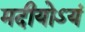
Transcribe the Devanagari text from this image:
मदीयोऽयं